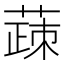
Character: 𬝸